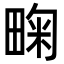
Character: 㽤